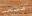
متعب